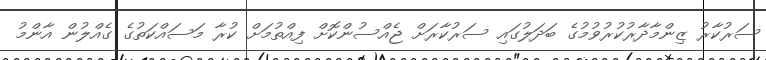
ސަރުކާރު ޒިންމާދާރުކުރުވުމުގެ ބަދަލުގައި ސަރުކާރަށް ޖެއްސުންކޮށް ފިއްތުމަށް ކުރާ މަސައްކަތުގެ ގެއްލުން އާންމު